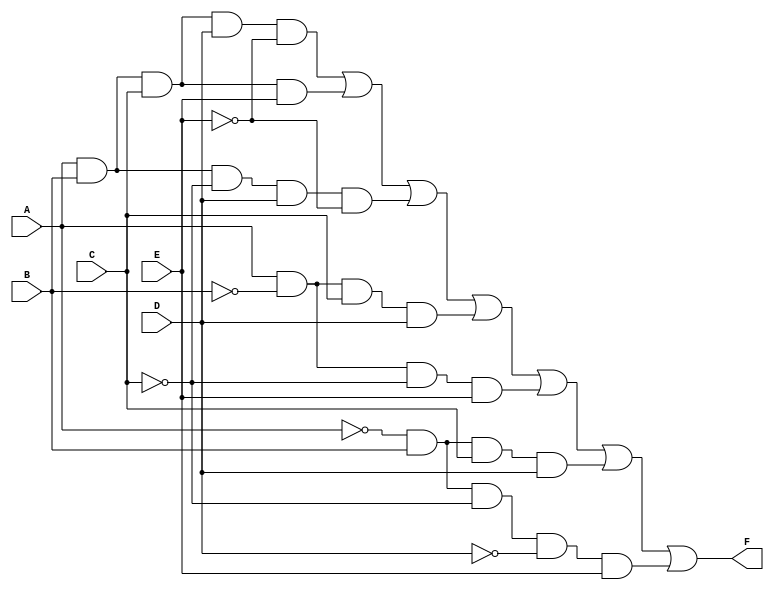
module kmap_5var (
    input wire A,
    input wire B,
    input wire C,
    input wire D,
    input wire E,
    output wire F
);

// K-map implementation using a combinational logic
// The output F is derived from the K-map grouping of minterms.
// Here, we assume the following minterms are '1' based on the K-map grouping.
// You can modify the minterms based on your specific K-map simplification.

assign F = (A & B & C & D & ~E) | // Minterm 0
           (A & B & C & E) |     // Minterm 1
           (A & B & ~C & D & ~E) | // Minterm 4
           (A & ~B & C & D) |    // Minterm 6
           (A & ~B & ~C & E) |   // Minterm 9
           (~A & B & C & D) |    // Minterm 14
           (~A & B & ~C & ~D & E); // Minterm 15

endmodule